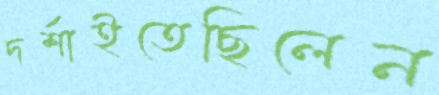
দর্শাইতেছিলেন